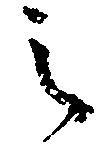
之